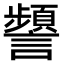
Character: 𧭹